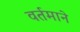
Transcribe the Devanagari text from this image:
वर्तमाने